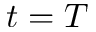
t = T